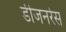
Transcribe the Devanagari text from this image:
डीजनरेस